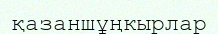
қазаншұңкырлар